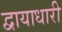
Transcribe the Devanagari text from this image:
द्वायाधारी